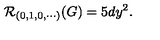
{ \cal R } _ { ( 0 , 1 , 0 , \cdots ) } ( G ) = 5 d y ^ { 2 } .